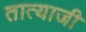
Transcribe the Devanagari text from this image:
तात्याजी